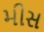
મીસ